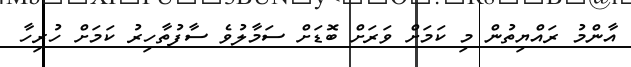
އާންމު ރައްޔިތުން މި ކަމަށް ވަރަށް ބޮޑަށް ސަމާލުވެ ސާފުތާހިރު ކަމަށް ހުރިހާ